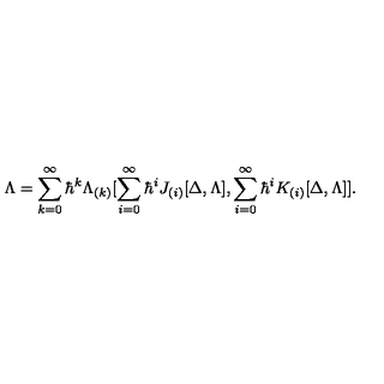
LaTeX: \Lambda = \sum _ { k = 0 } ^ { \infty } \hbar ^ { k } \Lambda _ { ( k ) } [ \sum _ { i = 0 } ^ { \infty } \hbar ^ { i } J _ { ( i ) } [ \Delta , \Lambda ] , \sum _ { i = 0 } ^ { \infty } \hbar ^ { i } K _ { ( i ) } [ \Delta , \Lambda ] ] .